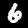
Label: 6